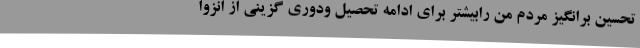
تحسین برانگیز مردم من رابیشتر برای ادامه تحصیل ودوری گزینی از انزوا